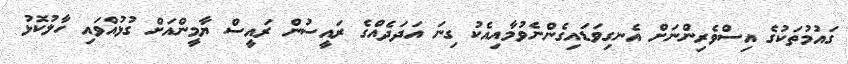
ގައުމުތަކުގެ އިސްވެރިންނަށް އެނގިވަޑައިގެންނެވުމާއިއެކު ގިނަ އަދަދެއްގެ ރައީސުން ރައީސް ޔާމީންއަށް ގުޅުއްވައި ހާލުކޮޅު